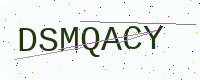
Text: DSMQACY